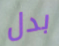
بدل